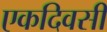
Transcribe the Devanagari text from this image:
एकदिवसी